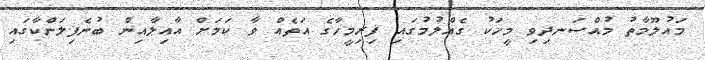
މައުލޫމާތު މުއްސަނދިވި މީހަކު ގެއްލުމުގައި ފިރިމީހާގެ އަތެއް ވާ ކަމަށް އާއިލާއިން ބުނެފިލަންކާގައި